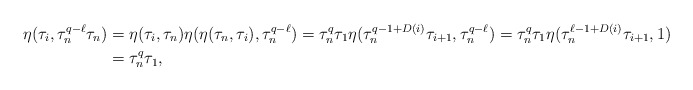
\begin{align*}\eta(\tau_i, \tau_n^{q-\ell}\tau_n)&= \eta(\tau_i ,\tau_n)\eta(\eta(\tau_n, \tau_i), \tau_n^{q-\ell})=\tau_n^q\tau_1\eta(\tau_n^{q-1+D(i)}\tau_{i+1}, \tau_n^{q-\ell})=\tau_n^q \tau_1 \eta(\tau_n^{\ell-1+D(i)}\tau_{i+1},1)\\ &=\tau_n^q\tau_1,\end{align*}